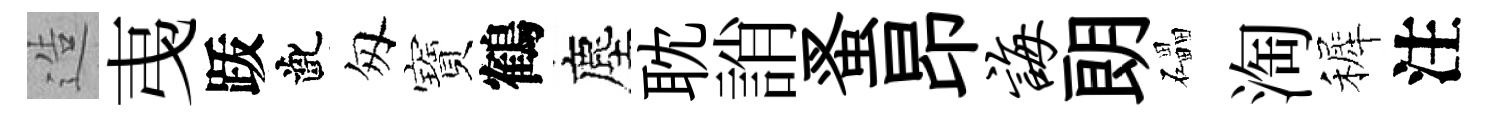
造𢎯䟦齔匆寶鶴塵耽誚蚤昂诲朗礧淘裤注